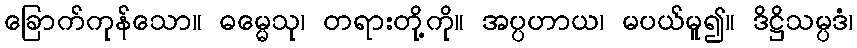
ခြောက်ကုန်သော။ ဓမ္မေသု၊ တရားတို့ကို။ အပ္ပဟာယ၊ မပယ်မူ၍။ ဒိဋ္ဌိသမ္ပဒံ၊